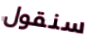
سنقول